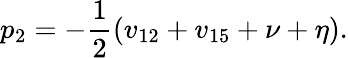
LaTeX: p_{2}=-\frac{1}{2}(v_{12}+v_{15}+\nu+\eta).